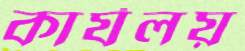
কার্যলয়